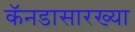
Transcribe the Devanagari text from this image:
कॅनडासारख्या